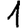
Digit: 1